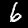
Label: 6